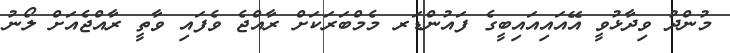
މުންދު ވިދާޅުވީ އޭއައިއައިބީގެ ފައުންޑަރ މެމްބަރަކަށް ރާއްޖެ ވެފައި ވާތީ ރާއްޖެއަށް ލޯނު